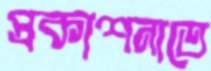
প্রকাশনাতে